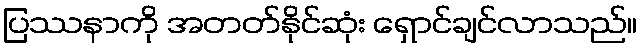
ပြဿနာကို အတတ်နိုင်ဆုံး ရှောင်ချင်လာသည်။